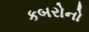
કબરોનો